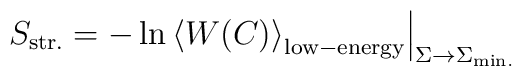
\left.S_{\rm str.}=-\ln\left<W(C)\right>_{\rm low-energy}\right|_{\Sigma\to\Sigma_{\rm min.}}